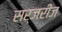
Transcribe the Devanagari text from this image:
सर्जरीज